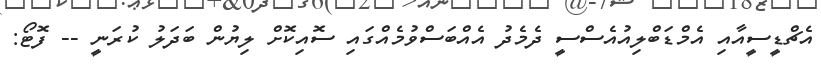
އެޗްޑީސީއާއި އެމްޑަބްލިއުއެސްސީ ދެމެދު އެއްބަސްވުމެއްގައި ސޮއިކޮށް ލިޔުން ބަދަލު ކުރަނީ -- ފޮޓޯ: